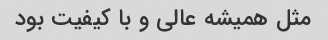
مثل همیشه عالى و با کیفیت بود